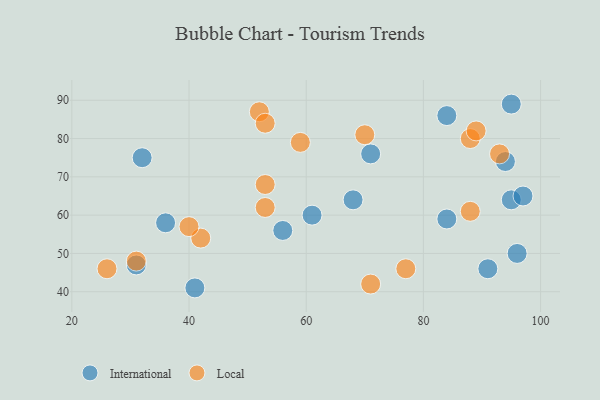
{"axis": {"x": "GDP", "y": "Life Expectancy"}, "legend": ["International", "Local"], "data": [{"x": "31", "y": 47, "type": "International"}, {"x": "32", "y": 75, "type": "International"}, {"x": "68", "y": 64, "type": "International"}, {"x": "95", "y": 64, "type": "International"}, {"x": "97", "y": 65, "type": "International"}, {"x": "61", "y": 60, "type": "International"}, {"x": "41", "y": 41, "type": "International"}, {"x": "94", "y": 74, "type": "International"}, {"x": "56", "y": 56, "type": "International"}, {"x": "96", "y": 50, "type": "International"}, {"x": "84", "y": 86, "type": "International"}, {"x": "84", "y": 59, "type": "International"}, {"x": "95", "y": 89, "type": "International"}, {"x": "71", "y": 76, "type": "International"}, {"x": "91", "y": 46, "type": "International"}, {"x": "36", "y": 58, "type": "International"}, {"x": "88", "y": 80, "type": "Local"}, {"x": "53", "y": 68, "type": "Local"}, {"x": "42", "y": 54, "type": "Local"}, {"x": "59", "y": 79, "type": "Local"}, {"x": "40", "y": 57, "type": "Local"}, {"x": "26", "y": 46, "type": "Local"}, {"x": "89", "y": 82, "type": "Local"}, {"x": "77", "y": 46, "type": "Local"}, {"x": "53", "y": 62, "type": "Local"}, {"x": "31", "y": 48, "type": "Local"}, {"x": "88", "y": 61, "type": "Local"}, {"x": "52", "y": 87, "type": "Local"}, {"x": "70", "y": 81, "type": "Local"}, {"x": "71", "y": 42, "type": "Local"}, {"x": "93", "y": 76, "type": "Local"}, {"x": "53", "y": 84, "type": "Local"}]}